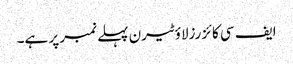
ایف سی کائزرزلاؤٹیرن پہلے نمبر پر ہے۔